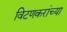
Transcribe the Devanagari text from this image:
विटणकरांच्या